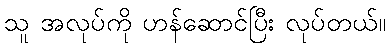
သူ အလုပ်ကို ဟန်ဆောင်ပြီး လုပ်တယ်။